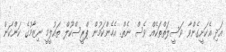
އަދި އެކަށީގެންވާ ވަސީލަތްތަކެއް ވެސް ނެތް. އެހެންކަމުން ޕްރީސްކޫލް ތައުލީމީ ނިޒާމުގެ ކަންކަން